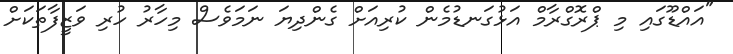
"އައްޑޫގައި މި ޕްރޮގްރާމް އަޅުގަނޑުމެން ކުރިއަށް ގެންދިޔަ ނަމަވެސް މިހާރު ހުރި ވަޒީފާތަކަށް